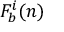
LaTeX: F _ { b } ^ { i } ( n )